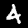
Label: 4